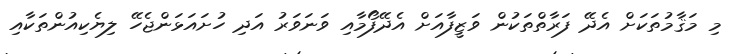
މި މަޤާމުތަކަށް އެދޭ ފަރާތްތަކުން ވަޒީފާއަށް އެދޭފޯމާއި ވަނަވަރު އަދި ހުށައަޅަންޖެހޭ ލިޔެކިއުންތަކާއި